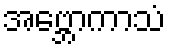
အဗ္ဘောကာသံ